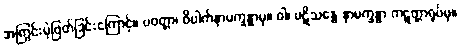
အကြွင်းမဲ့ဖြတ်ခြင်းကြောင့်။ ပဝတ္တာ၊ ဝိပါက်နာမက္ခန္ဓာမှ။ ဝါ၊ ပဋိသန္ဓေ နာမက္ခန္ဓာ ကဋတ္တာရုပ်မှ။